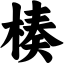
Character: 楱